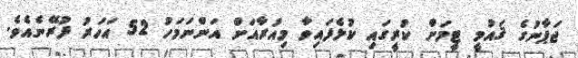
ޖަޕާނުގެ ޤައުމީ ޓީމަށް ކުރީގައި ކުޅެފައިވާ މިއުރާއަށް އަންނަމަހު 52 އަހަރު ފުރޭނެއެވެ.